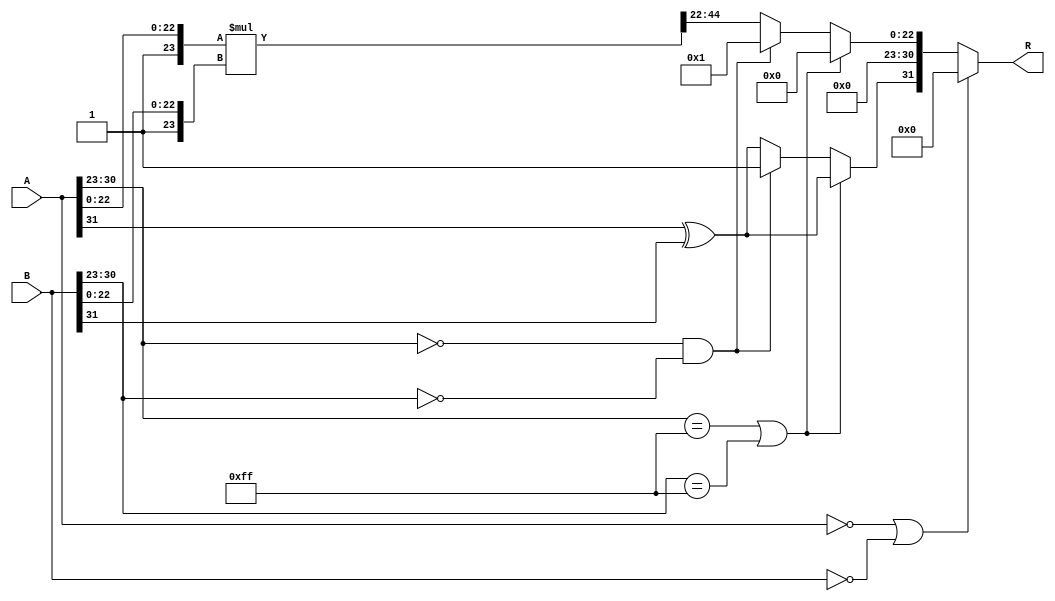
module fp_multiplier #(
    parameter E = 8, // Number of exponent bits
    parameter M = 23, // Number of significand bits
    parameter BIAS = (1 << (E - 1)) - 1 // Bias for exponent
)(
    input wire [E + M:0] A, // First floating-point number
    input wire [E + M:0] B, // Second floating-point number
    output reg [E + M:0] R // Result floating-point number
);

    // Extract fields from A
    wire S_A = A[E + M]; // Sign of A
    wire [E-1:0] E_A = A[E + M - 1:E + M - E]; // Exponent of A
    wire [M-1:0] M_A = A[M - 1:0]; // Significand of A

    // Extract fields from B
    wire S_B = B[E + M]; // Sign of B
    wire [E-1:0] E_B = B[E + M - 1:E + M - E]; // Exponent of B
    wire [M-1:0] M_B = B[M - 1:0]; // Significand of B

    // Internal signals
    wire S_R; // Sign of Result
    wire [E-1:0] E_R; // Exponent of Result
    wire [2*M-1:0] M_R; // Result significand

    // Sign calculation
    assign S_R = S_A ^ S_B;

    // Exponent calculation
    wire signed [E:0] E_A_actual = E_A - BIAS; // Adjusted exponent of A
    wire signed [E:0] E_B_actual = E_B - BIAS; // Adjusted exponent of B
    wire signed [E:0] E_R_actual = E_A_actual + E_B_actual + BIAS; // Result exponent

    // Significand multiplication
    assign M_R = {1'b1, M_A} * {1'b1, M_B}; // Multiply with implicit leading 1

    // Normalization and rounding
    reg [E:0] E_R_final;
    reg [M:0] M_R_final;

    always @(*) begin
        // Initialize the result
        R = 0;

        // Handle special cases
        if (A == 0 || B == 0) begin
            // If either input is zero, result is zero
            R = 0;
        end else if (A[E + M - 1:E + M - E] == {E{1'b1}} || B[E + M - 1:E + M - E] == {E{1'b1}}) begin
            // If either input is infinity, result is infinity
            R[E + M] = S_R; // Set the sign of the result
            R[E + M - 1:E] = {E{1'b1}}; // Set exponent to all 1's for infinity
            R[M - 1:0] = 0; // Set significand to 0
        end else if (A[E + M - 1:E + M - E] == {E{1'b0}} && B[E + M - 1:E + M - E] == {E{1'b0}}) begin
            // If either input is NaN, result is NaN
            R[E + M] = 1'b1; // Set the sign of the result (undefined for NaN)
            R[E + M - 1:E] = {E{1'b1}}; // Set exponent to all 1's for NaN
            R[M - 1:0] = 1; // Set significand to a non-zero value to indicate NaN
        end else begin
            // Normalization
            if (M_R[2*M] == 1) begin
                // If the result is normalized
                M_R_final = M_R[2*M - 1:M]; // Keep the normalized significand
                E_R_final = E_R_actual; // Keep the exponent
            end else begin
                // If the result is denormalized or requires normalization
                M_R_final = M_R[2*M - 2:M - 1]; // Shift for normalization
                E_R_final = E_R_actual - 1; // Decrement exponent
            end

            // Assemble the final result
            R[E + M] = S_R; // Set sign bit
            R[E + M - 1:E] = E_R_final; // Set exponent
            R[M - 1:0] = M_R_final[M - 1:0]; // Set significand
        end
    end
endmodule